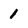
Character: 1